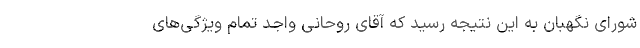
شورای نگهبان به این نتیجه رسید که آقای روحانی واجد تمام ویژگی‌های